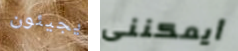
يجيئون أيمكننى